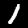
Label: 1